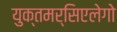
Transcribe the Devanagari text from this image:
युक्तमर्सिएलेगो